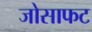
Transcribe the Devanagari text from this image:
जोसाफट